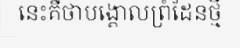
នេះគឺថាបង្គោលព្រំដែនថ្មី